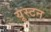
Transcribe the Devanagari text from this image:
यूस्टन